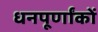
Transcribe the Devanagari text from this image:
धनपूर्णांकों